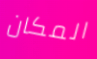
المكان